Document type: Dowry
Year: 1238
Scribe: Berenguer Jaume
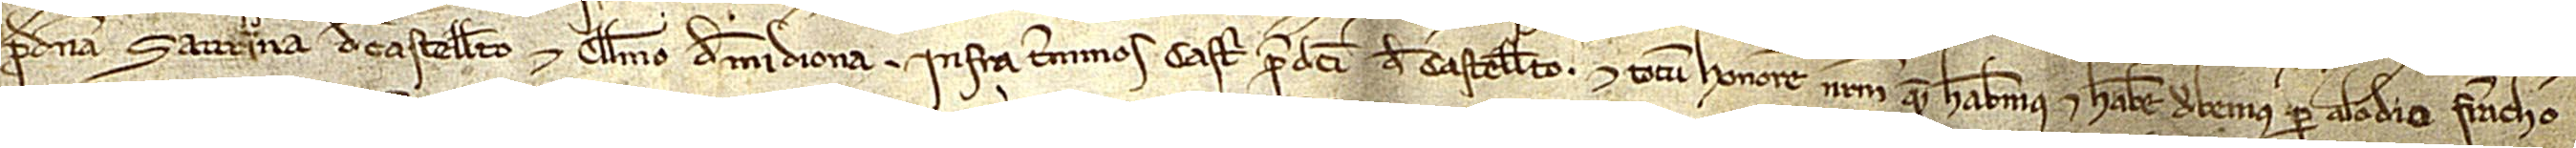
pro domina Saurina de Castelleto et Guillelmo de Midiona infra terminos castri predicti de Castelleto; et totum honorem nostrum quem habemus et habere debemus per alodio francho